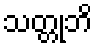
သတ္တုဘိ